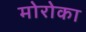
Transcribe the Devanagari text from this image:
मोरोका